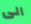
الى